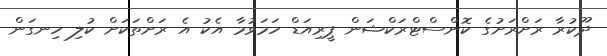
ދޫކުރާ ރަށްރަށުގެ ކޮންސްޓްރަކްޝަން ޕީރިއަޑް ހަމަވުމާ އެކު އެ ރަށްތަކަށް ކުލި ހިނގަން